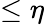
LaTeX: \leq\eta